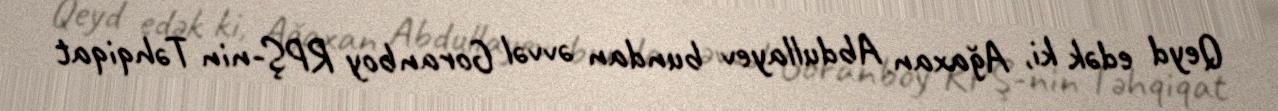
Qeyd edək ki, Ağaxan Abdullayev bundan əvvəl Goranboy RPŞ-nin Təhqiqat